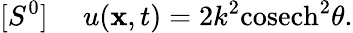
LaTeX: [S^{0}]~~~~~u(\mathbf{x},t)=2k^{2}\mathrm{{cosech}}^{2}\theta.